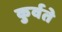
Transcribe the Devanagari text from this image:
कुर्वते